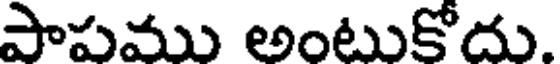
పాపము అంటుకోదు.